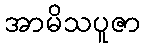
အာမိသပူဇာ